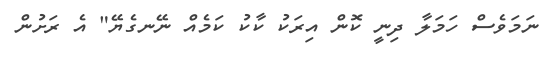
ނަމަވެސް ހަމަލާ ދިނީ ކޮން އިރަކު ކާކު ކަމެއް ނޭނގެޔޭ" އެ ރަށުން